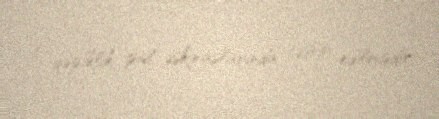
5 qəpiklik pul əskinaslarında təsvir edilmişdir.